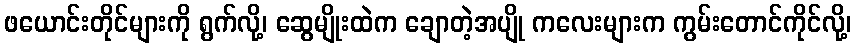
ဖယောင်းတိုင်များကို ရွက်လို့၊ ဆွေမျိုးထဲက ချောတဲ့အပျို ကလေးများက ကွမ်းတောင်ကိုင်လို့၊